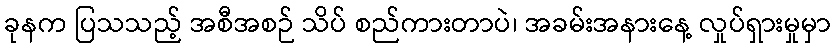
ခုနက ပြသသည့် အစီအစဉ် သိပ် စည်ကားတာပဲ၊ အခမ်းအနားနေ့ လှုပ်ရှားမှုမှာ